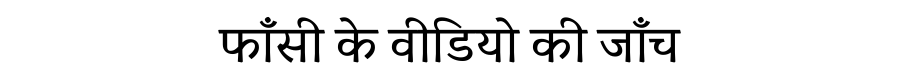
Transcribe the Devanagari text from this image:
फाँसी के वीडियो की जाँच